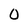
Character: 0